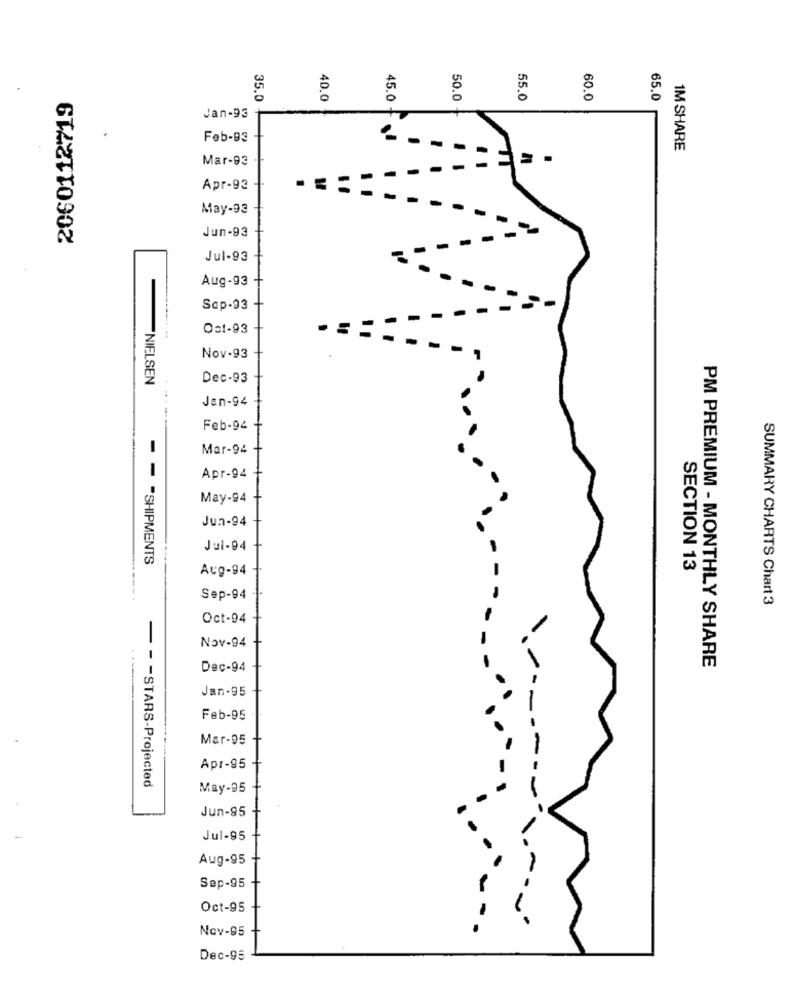
2060112719
35.0
40.0
45.0
50.0
55.0
60.0
65.0
Jan-93
Feb-93
1M SHARE
Mar-93
Apr-93
May-93
Jun-93
Jul-93
Aug-93
Sap-93
-
Ost-93
Nov-93
NIELSEN
Dec-93
Jan-94
Feb-94
Mar-94
Apr-94
May-94
Jun-94
Jul-94
-= "SHIPMENTS
Aug-94
SECTION 13
----.
Sep-94
SUMMARY CHARTS Chart 3
Oct-94
Nov-94
Dec-94
PM PREMIUM - MONTHLY SHARE
Jan-95
Feb-95
Mar-95
Apr-95
- - - STARS-Projected
May-95
Jun-95
Jul-95
Aug-95
Sep-95
Oct-95
Nov-95
Dec-95